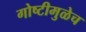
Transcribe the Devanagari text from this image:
गोष्टीमुळेच